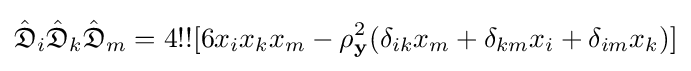
{\hat {\mathfrak {D}}}_{i}{\hat {\mathfrak {D}}}_{k}{\hat {\mathfrak {D}}}_{m}=4!![6x_{i}x_{k}x_{m}-\rho _{\mathbf {y} }^{2}(\delta _{ik}x_{m}+\delta _{km}x_{i}+\delta _{im}x_{k})]